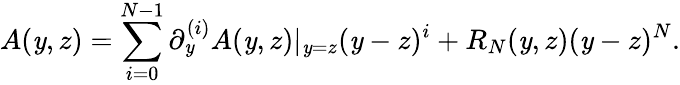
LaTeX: A(\mathit{y},z)=\sum_{i=0}^{N-1}\partial_{\mathit{y}}^{(i)}A(\mathit{y},z)|_{\mathit{y}=z}(\mathit{y}-z)^{i}+R_{N}(\mathit{y},z)(\mathit{y}-z)^{N}.